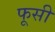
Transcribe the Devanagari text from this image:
फूसी